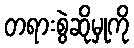
တရားစွဲဆိုမှုကို